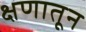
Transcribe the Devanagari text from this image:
क्षणातून